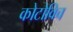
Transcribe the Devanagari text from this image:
कोटोविच